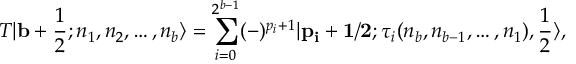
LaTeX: { \cal T } | { \bf b } + \frac { 1 } { 2 } ; n _ { 1 } , n _ { 2 } , \ldots , n _ { b } \rangle = \sum _ { i = 0 } ^ { 2 ^ { b - 1 } } ( - ) ^ { p _ { i } + 1 } | { \bf { p _ { i } + 1 / 2 } } ; \tau _ { i } ( n _ { b } , n _ { b - 1 } , \ldots , n _ { 1 } ) , \frac { 1 } { 2 } \rangle ,